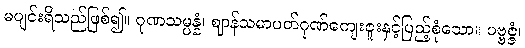
မပျင်းရိသည်ဖြစ်၍။ ဂုဏသမ္ပန္နံ၊ ဈာန်သမာပတ်ဂုဏ်ကျေးဇူးနှင့်ပြည့်စုံသော။ ပဗ္ဗဇ္ဇံ၊